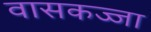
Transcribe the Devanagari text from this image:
वासकज्जा